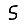
Digit: 5